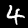
Label: 4